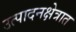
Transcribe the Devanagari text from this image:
उत्पादनक्षेत्रात